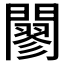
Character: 𨶪